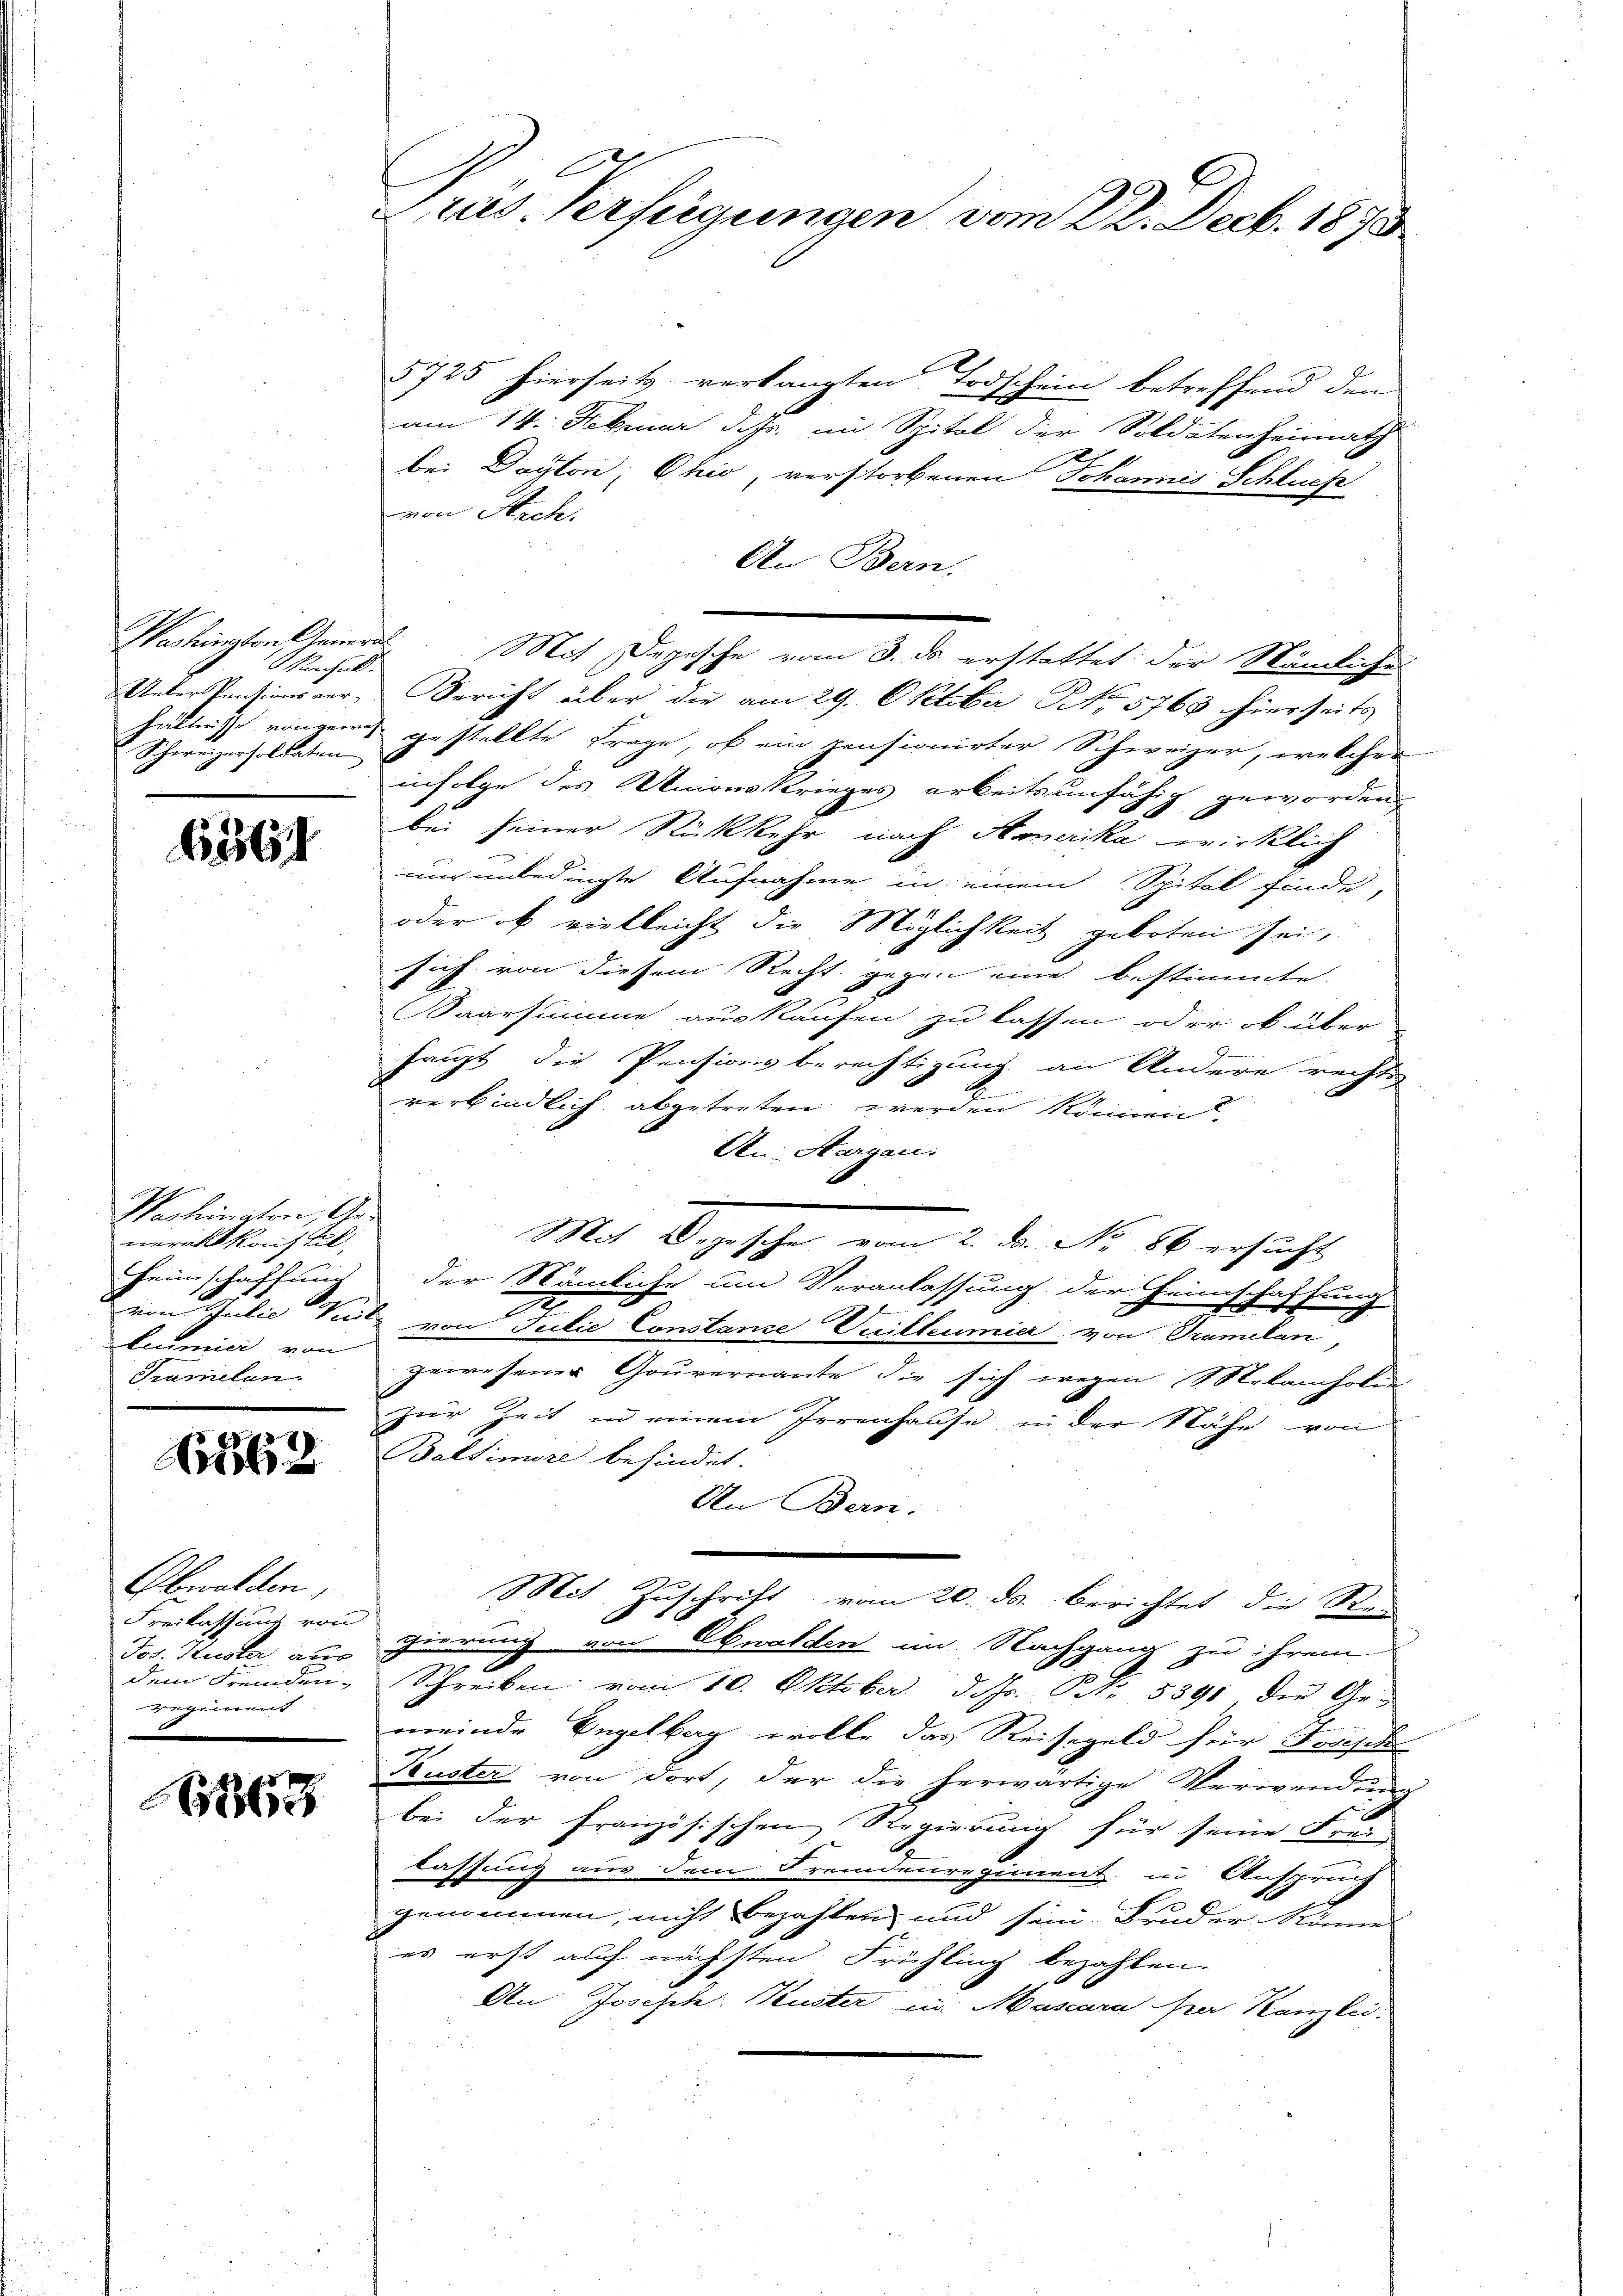
Washington Gein¬
Nachal
Ueber Pensions ver¬
Schereizersoldaten

13567

Washington, Generalkonftel,
Feinschaffung
lumici von
Tramelan

562

Obwalden,
Freilassung von
Jos. Huster, aus
dem Fremden-
egiment

63

e
Prus. Verfügungen vom 22. Decb. 1873

d

5725 hierseits verlangten Todschein betreffend den
am 14. Februar d. Js. im Spital der Soldatenheimath
bei Dayton, Ohio, verstorbenen Johannes Schluch
von Nich
An Bern.
Mit Depesche vom 3. ds erstattet der Stämliches
Bericht über die am 29. Oktober No. 5763 hierseits
hältnisse vorgens gestellte Frage, ob ein pensionirter Schweizer, welcher
infolge des Unionskrieges arbeitsunfähig geworden,
bei seiner Rückkehr nach Aonerika wirklich
nur unbedingte Aufnahme in einem Spital finde,
oder ob vielleicht die Möglichkeit geboten sei,
sich von diesem Recht gegen eine bestimmte
Saarsumme auskaufen zu lassen oder ob über-
haupt die Pensionsberechtigung an Andere rechte
verbindlich abgetreten werden können.
An Aargau.
Mit Depesche vom 2. ds. No. 86 ersucht,
der Nämliche um Veranlassung der Heimschaffung
von Julie Verle von Julio Constance Vuilleumier von Tramelan,
gewesener Gouvernante die sich wegen Melamholen
zur Zeit in einem Irrenhause in der Nähe von
Baltimore befindet.
Un Bern:
Mit Zuschrift vom 20. ds. berichtet die Rei
gierung von Obwalden im Nachgang zu ihrem
0
Schreiben vom 10. Oktober d. h. Ort. 5391 die Gemeinde Vegettag wolle das Reisegeld für Forsch
Kuster von dort, der die herwärtige Verwendung
bei der französischen Regierung für seine Frei
lassung aus dem Fremdenregiment in Anspruch
genommen, nicht bezahlen und sein. Bruder Sinne
es erst auf nächsten Frühling bezahlen.
An Joseph Kuster in Mascara par Kanzlei.